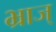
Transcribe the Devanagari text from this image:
भ्राज्